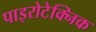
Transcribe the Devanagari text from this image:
पाइरोटेक्निक